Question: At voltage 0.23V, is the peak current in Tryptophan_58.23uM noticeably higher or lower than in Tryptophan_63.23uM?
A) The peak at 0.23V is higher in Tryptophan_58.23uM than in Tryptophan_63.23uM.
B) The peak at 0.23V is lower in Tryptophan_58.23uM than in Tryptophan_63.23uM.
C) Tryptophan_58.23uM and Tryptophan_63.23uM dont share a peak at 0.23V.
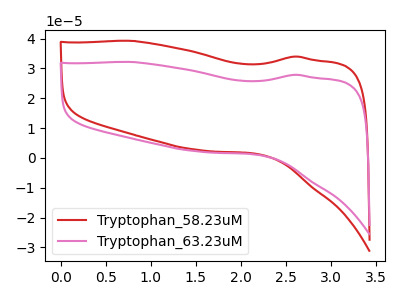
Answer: <think>The red curve "Tryptophan_58.23uM" has no peaks. The pink curve "Tryptophan_63.23uM" has no peaks.</think>
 <answer>C) "Tryptophan_58.23uM" and "Tryptophan_63.23uM" dont share a peak at 0.23V.</answer>
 <eval>C</eval>